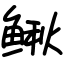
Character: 鳅